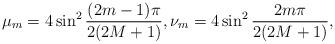
LaTeX: \begin{align*}\mu_m= 4 \sin^2\frac{ (2m-1)\pi}{2(2M+1)} , \nu_m= 4 \sin^2\frac{2 m \pi}{2(2M+1)},\end{align*}